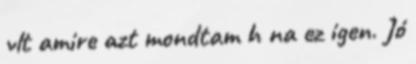
vlt amire azt mondtam h na ez igen. Jó